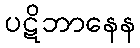
ပဋိဘာနေန